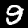
Label: 9